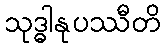
သုဒ္ဓါနုပဿီတိ